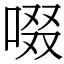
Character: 啜